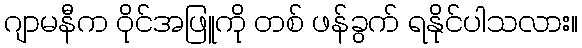
ဂျာမနီက ဝိုင်အဖြူကို တစ် ဖန်ခွက် ရနိုင်ပါသလား။